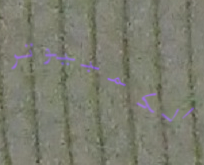
الكمبيوتر